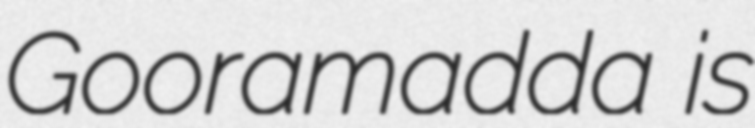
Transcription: Gooramadda is